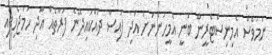
ނަމަވެސް އެމިނިސްޓްރީން ބުނީ އެމީހުންނަށް އަދި ފައިސާ ދައްކައިދޭނެ ފަރާތެއް އަދި ހަމަޖެހިފައި